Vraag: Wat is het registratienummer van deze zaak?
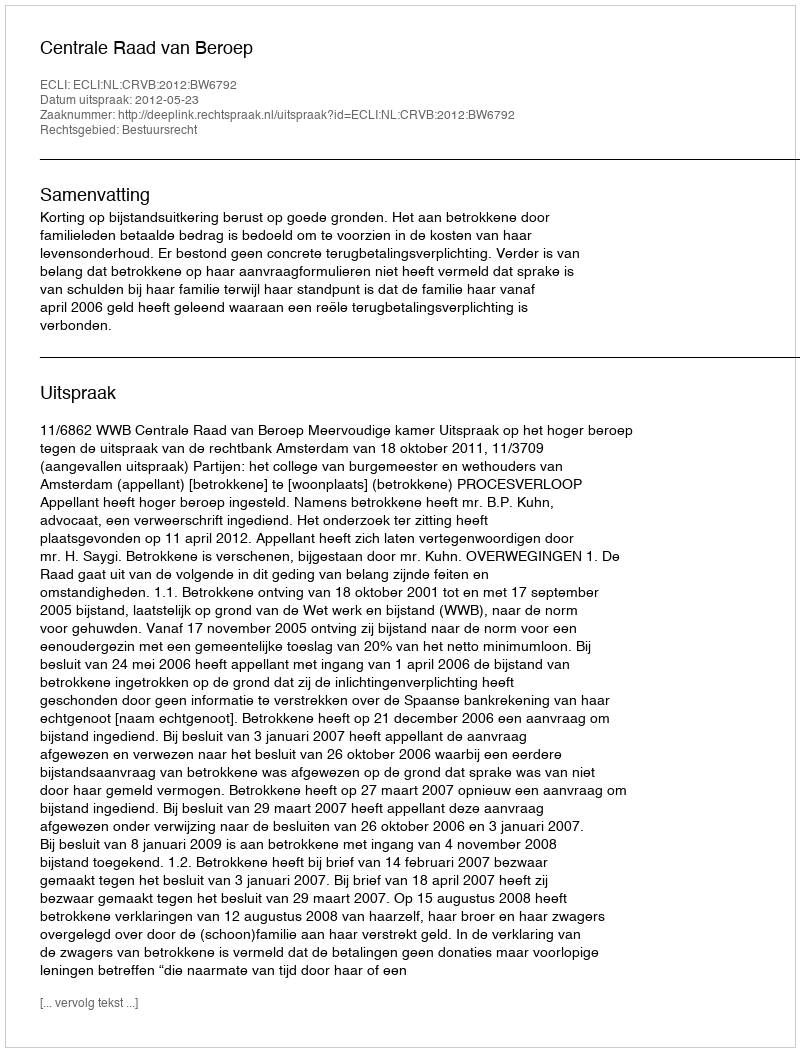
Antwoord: http://deeplink.rechtspraak.nl/uitspraak?id=ECLI:NL:CRVB:2012:BW6792